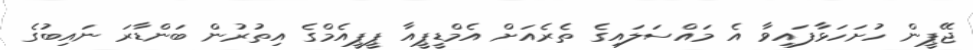
ޖޭޕީން ހުށަހަޅާފައިވާ އެ މައްސަލައިގެ ތެރެއަށް އެމްޑީޕީއާ ޕީޕީއެމްގެ އިތުރުން ބަންޑާރަ ނައިބުގެ